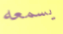
يسمعه